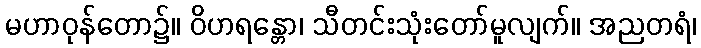
မဟာဝုန်တော၌။ ဝိဟရန္တော၊ သီတင်းသုံးတော်မူလျက်။ အညတရံ၊